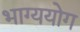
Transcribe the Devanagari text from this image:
भाग्ययोग